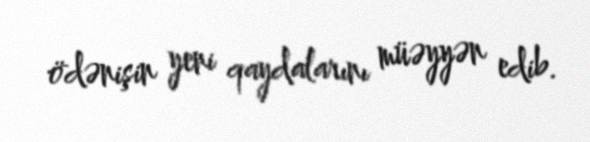
ödənişin yeni qaydalarını müəyyən edib.